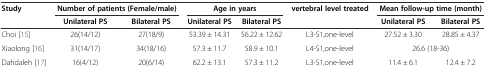
<table><thead><tr><td><b>Study</b></td><td colspan="2"><b>Number of patients (Female/male)</b></td><td colspan="2"><b>Age in years</b></td><td><b>vertebral level treated</b></td><td colspan="2"><b>Mean follow-up time (month)</b></td></tr><tr><td></td><td><b>Unilateral PS</b></td><td><b>Bilateral PS</b></td><td><b>Unilateral PS</b></td><td><b>Bilateral PS</b></td><td></td><td><b>Unilateral PS</b></td><td><b>Bilateral PS</b></td></tr></thead><tbody><tr><td>Choi [15]</td><td>26(14/12)</td><td>27(18/9)</td><td>53.39 ± 14.31</td><td>56.22 ± 12.62</td><td>L3-S1,one-level</td><td>27.52 ± 3.30</td><td>28.85 ± 4.37</td></tr><tr><td>Xiaolong [16]</td><td>31(14/17)</td><td>34(18/16)</td><td>57.3 ± 11.7</td><td>58.9 ± 10.1</td><td>L4-S1,one-level</td><td colspan="2">26.6 (18-36)</td></tr><tr><td>Dahdaleh [17]</td><td>16(4/12)</td><td>20(6/14)</td><td>62.2 ± 13.1</td><td>57.3 ± 11.2</td><td>L3-S1,one-level</td><td>11.4 ± 6.1</td><td>12.4 ± 7.2</td></tr></tbody></table>